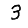
Digit: 3